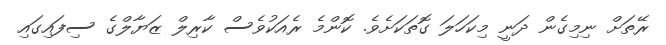
ރޭތަށް ނިމިގެން ދަނީ މިކަހަލަ ގޮތަކަށެވެ. ކޮންމެ ރެއަކުވެސް ކާރިލް ޒަޔާލްގެ ސިފައިގައި